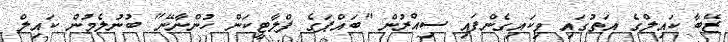
ޒޭބާ ކައިލްގެ އަތުގައި ވިކައިގެންފައި ސިއްރުން "ބައްޕަގެ ފްލާޓީކަން ހުންނާނޭ" ބުނުލެމުން ކައިލް